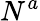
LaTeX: N^{a}